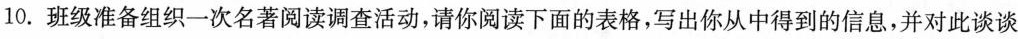
10.班级准备组织一次名著阅读调查活动，请你阅读下面的表格，写出你从中得到的信息，并对此谈谈